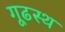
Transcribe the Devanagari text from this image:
गूढस्थ